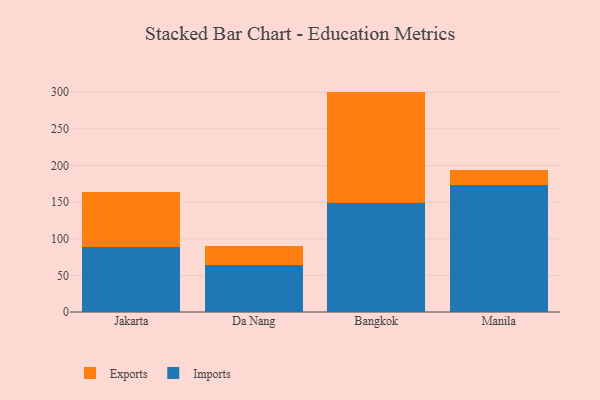
{"axis": {"x": "City", "y": "Bounce Rate (%)"}, "legend": ["Exports", "Imports"], "data": [{"x": "Jakarta", "y": 89.1, "type": "Imports"}, {"x": "Jakarta", "y": 74.6, "type": "Exports"}, {"x": "Da Nang", "y": 64.4, "type": "Imports"}, {"x": "Da Nang", "y": 25.4, "type": "Exports"}, {"x": "Bangkok", "y": 148.3, "type": "Imports"}, {"x": "Bangkok", "y": 152.5, "type": "Exports"}, {"x": "Manila", "y": 172.8, "type": "Imports"}, {"x": "Manila", "y": 21.3, "type": "Exports"}]}